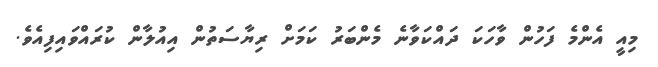
މިއީ އެންމެ ފަހުން ވާހަކަ ދައްކަވާނެ މެންބަރު ކަމަށް ރިޔާސަތުން އިއުލާން ކުރައްވައިފިއެވެ.